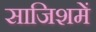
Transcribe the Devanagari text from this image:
साजिशमें